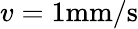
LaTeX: v=1\mathrm{{mm}/\mathrm{{s}}}